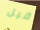
قبل